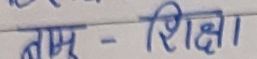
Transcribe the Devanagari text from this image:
नाम - शिक्षा